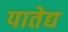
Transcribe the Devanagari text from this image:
पातेद्य